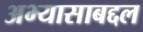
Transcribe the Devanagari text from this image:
अभ्यासाबद्दल